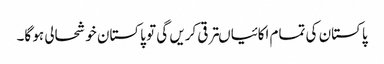
پاکستان کی تمام اکائیاںترقی کریں گی تو پاکستان خوشحالی ہو گا۔